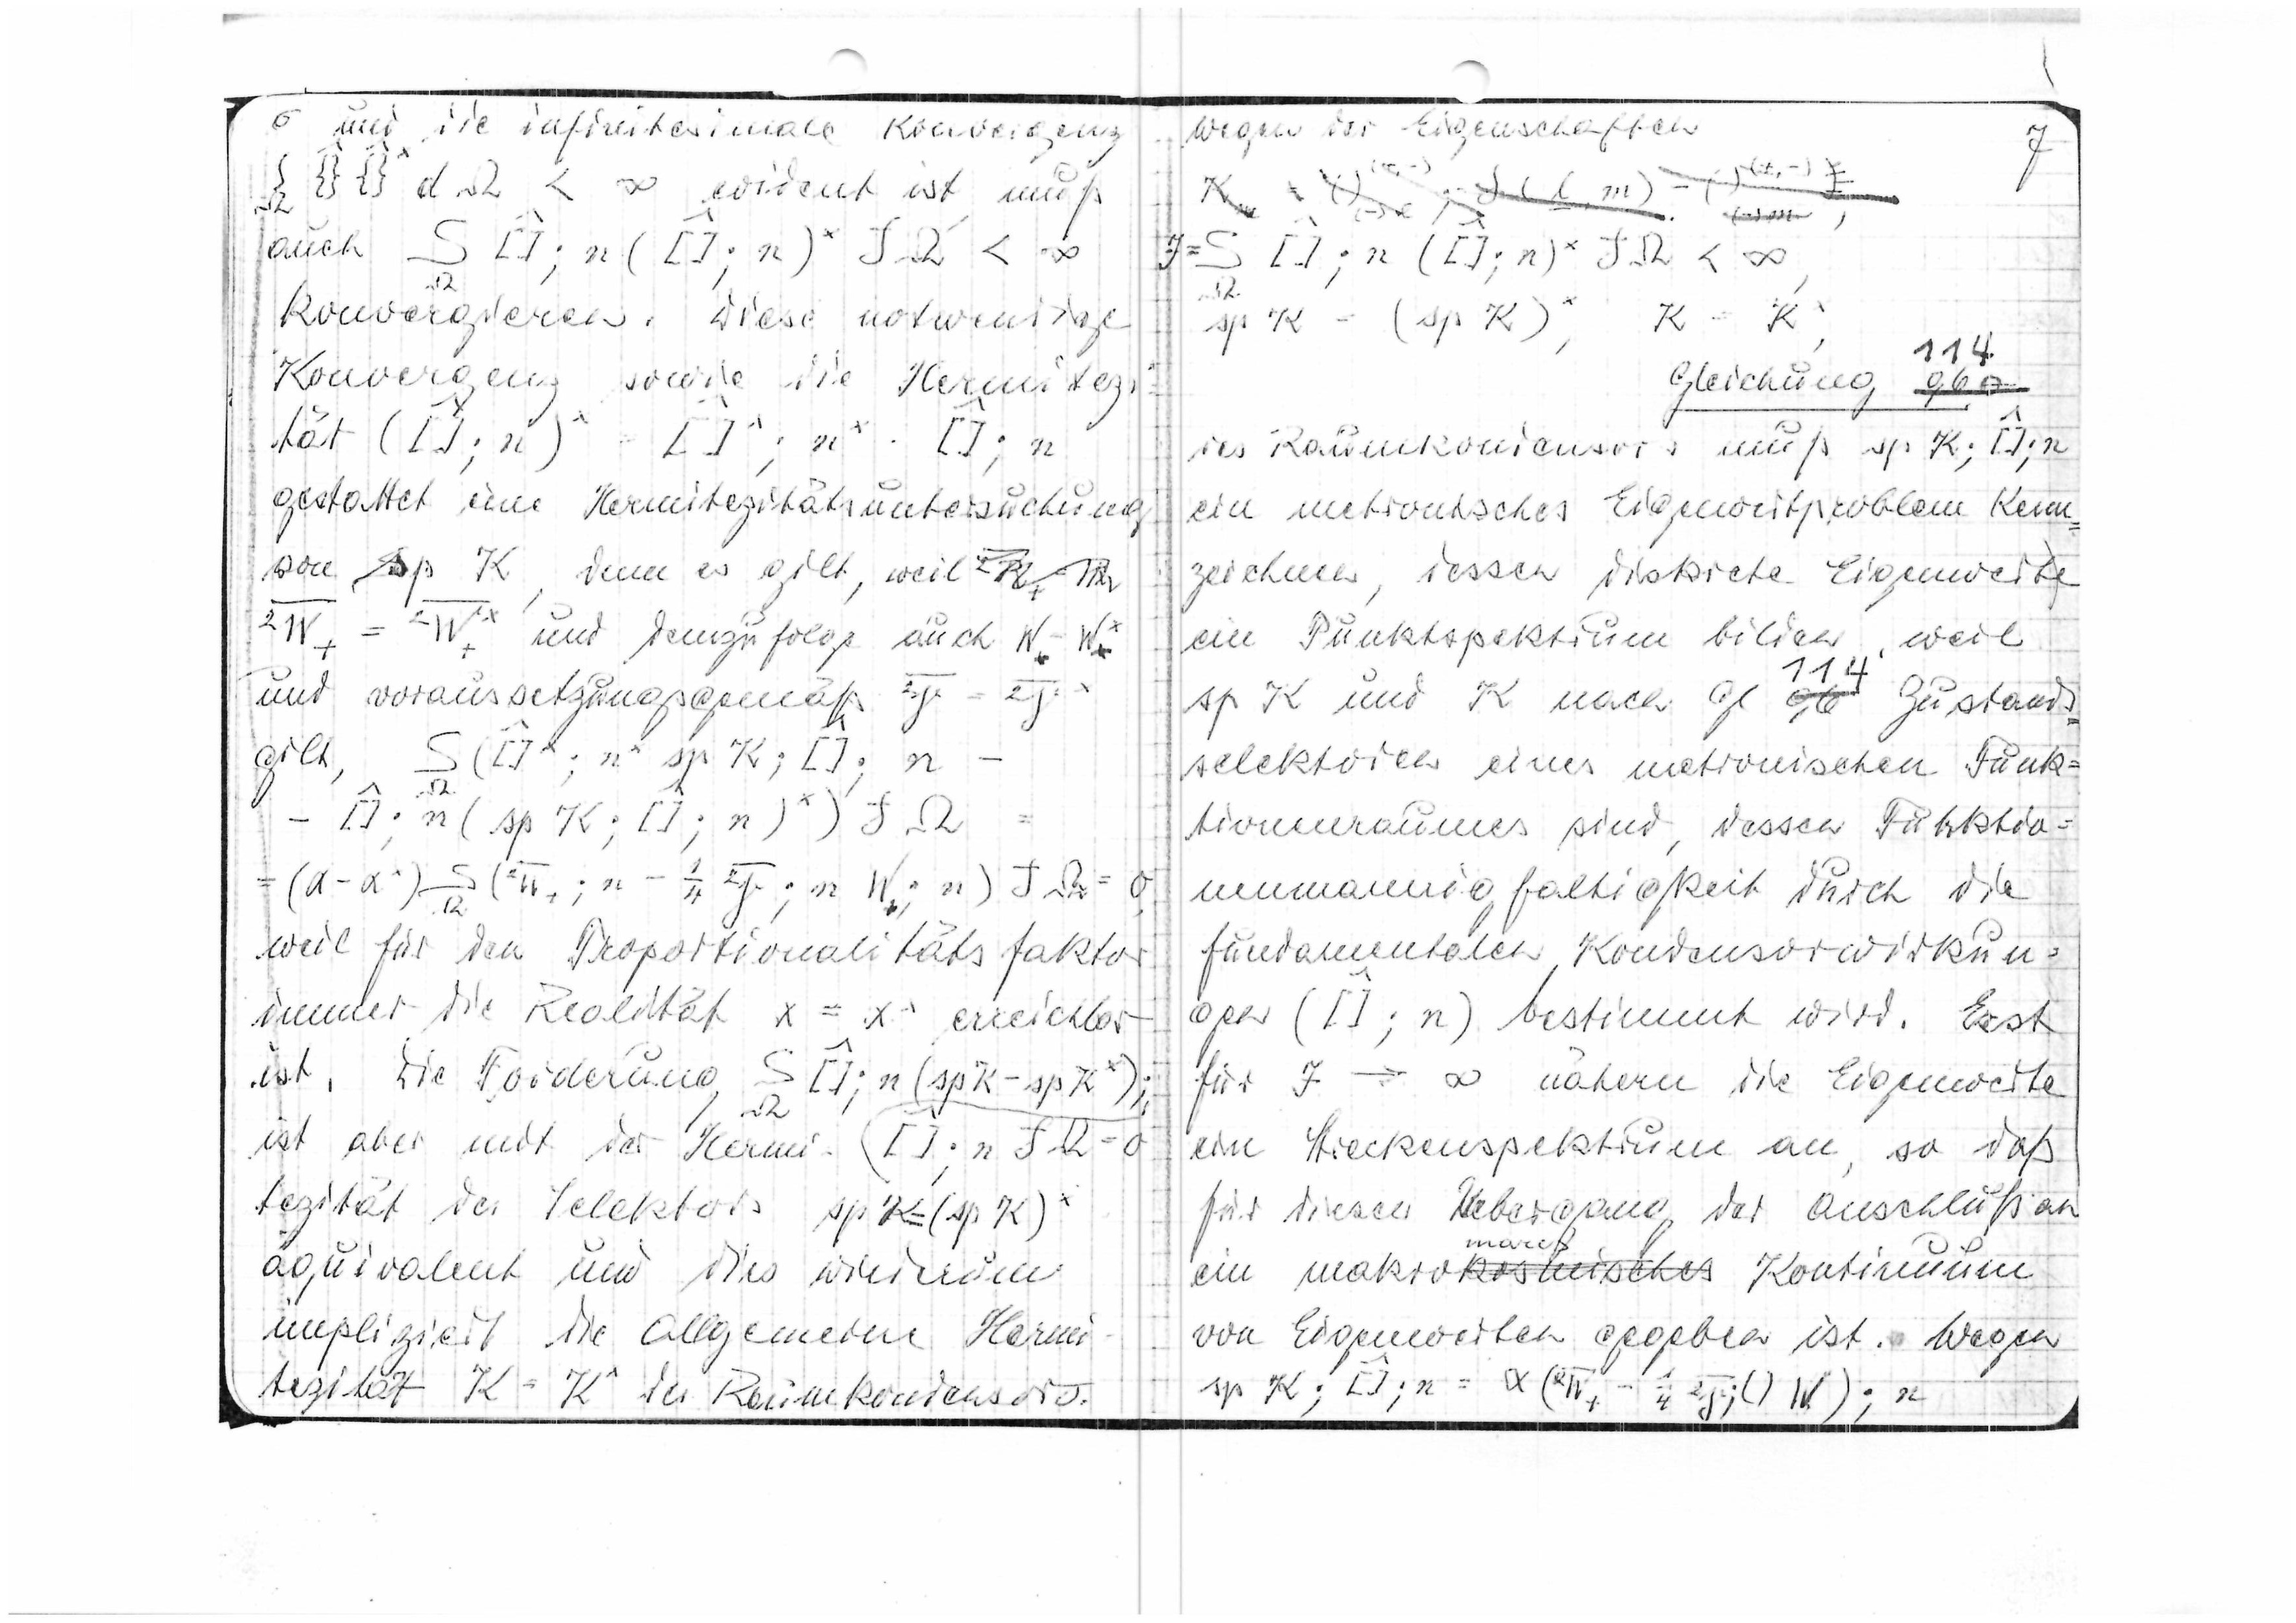
6
und die infinitesimale Konvergenz

evident ist, muß
auch

konvergieren. Diese notwendige
Konvergenz sowie die Hermitizi
tät

gestattet eine Hermitizitätsuntersuchung.
von sp K, denn es gilt,weil

und demzufolgeauch

und voraussetzungsgemäß

gilt

weil für den Proportionalitätsfaktor
immer die Realität x = xx erreichbar
ist, die Forderung

= 0
ist aber mit der Hermi

tizität des Selektors

äquivalent und dies wiederum
impliziert die allgemeine Hermi
tizität
K = K^
des Raumkondensors.

wegen der Eigenschaften
7

Gleichung
114
96
des Raumkondensors muß

ein metronisches Eigenwertproblem kenn
zeichen, dessen diskrete Eigenwerte
ein Punktspektrum bilden, weil
sp K und K nach Gl. Zustands-
114
96
Zustands-
selektoren eines metronischen Funk=
tionenraumes sind, dessen Funktio=
nenmannigfaltigkeit durch die
fundamentalen Kondensorwirkun=
gen

bestimmt wird. Erst
für
F →∞
nähern die Eigenwerte
ein Streckenspektrum an, so daß
für diesen Übergang der Anschluß an
ein makro
mares
kosmishes
Kontinuum
von Eigenwerten gegeben ist. Wegen